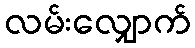
လမ်းလျှောက်